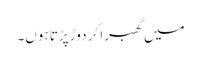
میں گھبرا کر دوڑ پڑتا ہوں۔